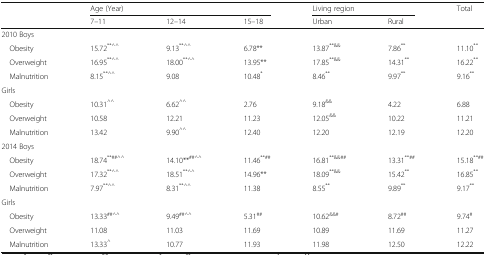
| <ROWSPAN=2>  | <COLSPAN=3> Age (Year) | <COLSPAN=2> Living region | <ROWSPAN=2> Total |
 | 7–11 | 12–14 | 15–18 | Urban | Rural |
 | --- | --- | --- | --- | --- | --- | --- |
 | <COLSPAN=7> 2010 Boys |
 | Obesity | 15.72**^^ | 9.13**^^ | 6.78** | 13.87**&& | 7.86** | 11.10** |
 | Overweight | 16.95**^^ | 18.00**^^ | 13.95** | 17.85**&& | 14.31** | 16.22** |
 | Malnutrition | 8.15**^^ | 9.08 | 10.48* | 8.46** | 9.97** | 9.16** |
 | <COLSPAN=7> Girls |
 | Obesity | 10.31^^ | 6.62^^ | 2.76 | 9.18&& | 4.22 | 6.88 |
 | Overweight | 10.58 | 12.21 | 11.23 | 12.05&& | 10.22 | 11.21 |
 | Malnutrition | 13.42 | 9.90^^ | 12.40 | 12.20 | 12.19 | 12.20 |
 | <COLSPAN=7> 2014 Boys |
 | Obesity | 18.74**##^^ | 14.10**##^^ | 11.46**## | 16.81**&&## | 13.31**## | 15.18**## |
 | Overweight | 17.32**^^ | 18.51**^^ | 14.96** | 18.09**&& | 15.42** | 16.85** |
 | Malnutrition | 7.97**^^ | 8.31**^^ | 11.38 | 8.55** | 9.89** | 9.17** |
 | <COLSPAN=7> Girls |
 | Obesity | 13.33##^^ | 9.49##^^ | 5.31## | 10.62&&# | 8.72## | 9.74# |
 | Overweight | 11.08 | 11.03 | 11.69 | 10.89 | 11.69 | 11.27 |
 | Malnutrition | 13.33^ | 10.77 | 11.93 | 11.98 | 12.50 | 12.22 |